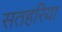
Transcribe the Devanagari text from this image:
सतहरिया